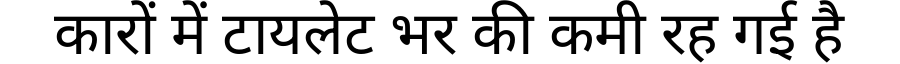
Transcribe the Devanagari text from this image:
कारों में टायलेट भर की कमी रह गई है